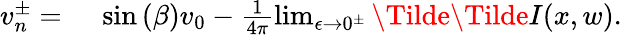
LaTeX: \begin{array}{rl}{v_{n}^{\pm}={}}&{{}\sin{(\beta)}v_{0}-\frac{1}{4\pi}\operatorname*{lim}_{\epsilon\to 0^{\pm}}\Tilde{\Tilde{I}}(x,w).}\end{array}